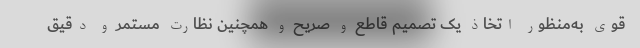
قوی به‌منظور اتخاذ یک تصمیم قاطع و صریح و همچنین نظارت مستمر و دقیق